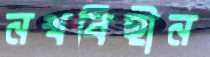
নখবিহীন